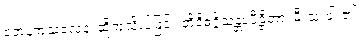
တေနကုသလေန၊ ထိုကုသိုလ်ဖြင့်။ တိဝိဓဂ္ဂိသန္တပပီဠိတာ၊ မီးသုံးပါး၏